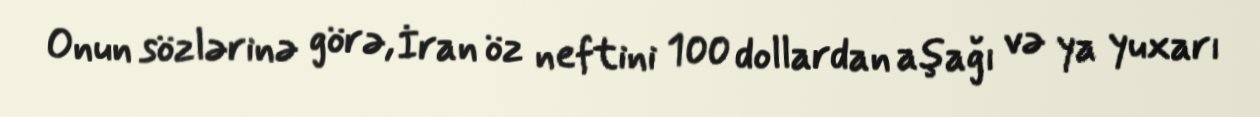
Onun sözlərinə görə, İran öz neftini 100 dollardan aşağı və ya yuxarı